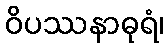
ဝိပဿနာဓုရံ၊